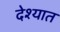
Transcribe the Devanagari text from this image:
देश्यात